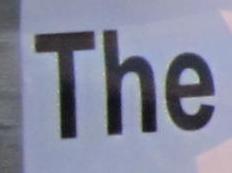
the